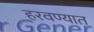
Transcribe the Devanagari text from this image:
हरवण्यात